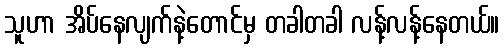
သူဟာ အိပ်နေလျက်နဲ့တောင်မှ တခါတခါ လန့်လန့်နေတယ်။